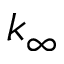
k _ { \infty }